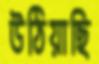
উঠিয়াছি